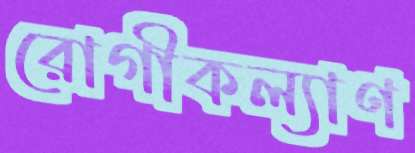
রোগীকল্যাণ